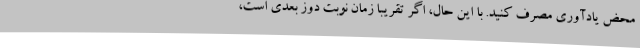
محض یادآوری مصرف کنید. با این حال، اگر تقریبا زمان نوبت دوز بعدی است،